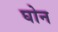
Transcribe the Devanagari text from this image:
घोन